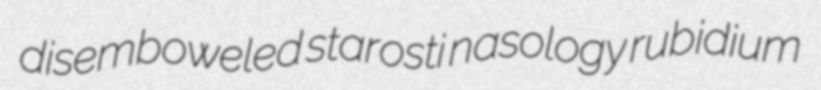
disemboweled starosti nasology rubidium